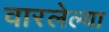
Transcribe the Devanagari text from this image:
वारलेल्या